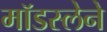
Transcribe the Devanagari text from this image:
मॉडस्लेने